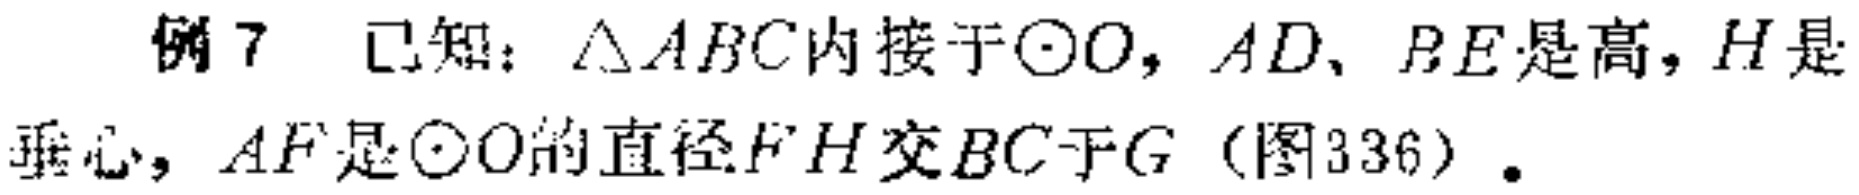
例7 已知：$\triangle ABC$内接于$\odot O$，$AD$、$BE$是高，$H$是垂心，$AF$是$\odot O$的直径，$FH$交$BC$于$G$（图336）。